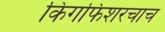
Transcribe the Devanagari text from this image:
किंगफिशरचाच